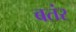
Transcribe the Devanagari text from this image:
बतंर